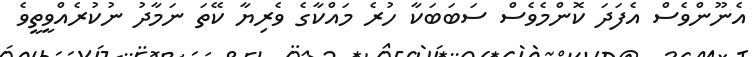
އެނޫންވެސް އެފަދަ ކޮންމެވެސް ސަބަބަކާ ހުރެ މައްކާގެ ވެރިޔާ ކޭތަ ނަމާދު ނުކުރެއްވީތީވެ